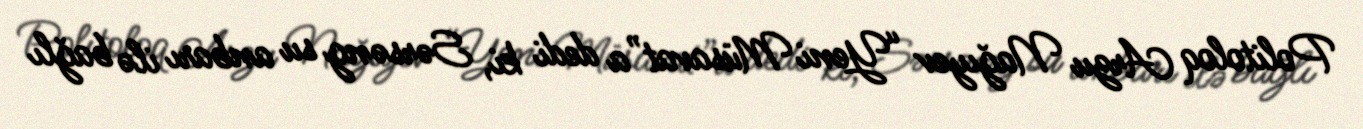
Politoloq Arzu Nağıyev “Yeni Müsavat”a dedi ki, Sərsəng su anbarı ilə bağlı